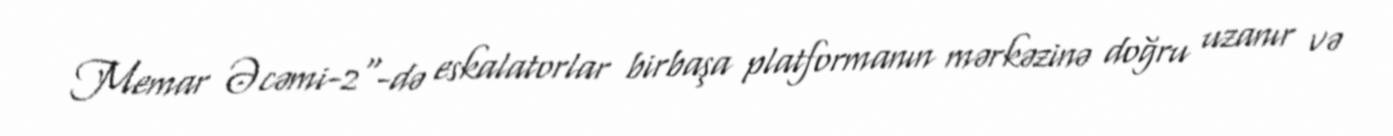
Memar Əcəmi-2"-də eskalatorlar birbaşa platformanın mərkəzinə doğru uzanır və